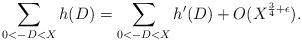
LaTeX: \begin{align*} \sum_{0<-D<X} h(D) = \sum_{0<-D<X} h'(D) + O(X^{\frac{3}{4} + \epsilon}).\end{align*}